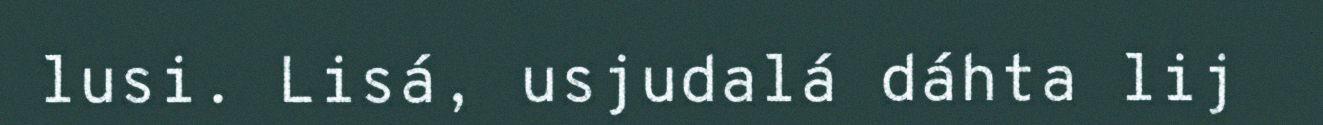
lusi. Lisá, usjudalá dáhta lij